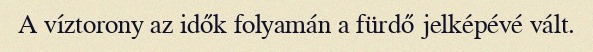
A víztorony az idők folyamán a fürdő jelképévé vált.